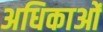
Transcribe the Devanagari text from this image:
अधिकाओं